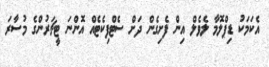
އެކަމަކު ޑިޕްލޮމާ ލެވެލް އިން ފެށިގެން ދަށް ސެޓްފިކެޓެއް އޮންނަ ޓީޗަރުންގެ މުސާރަ